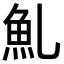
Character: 䰲